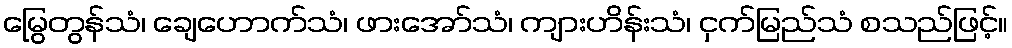
မြွေတွန်သံ၊ ချေဟောက်သံ၊ ဖားအော်သံ၊ ကျားဟိန်းသံ၊ ငှက်မြည်သံ စသည်ဖြင့်။